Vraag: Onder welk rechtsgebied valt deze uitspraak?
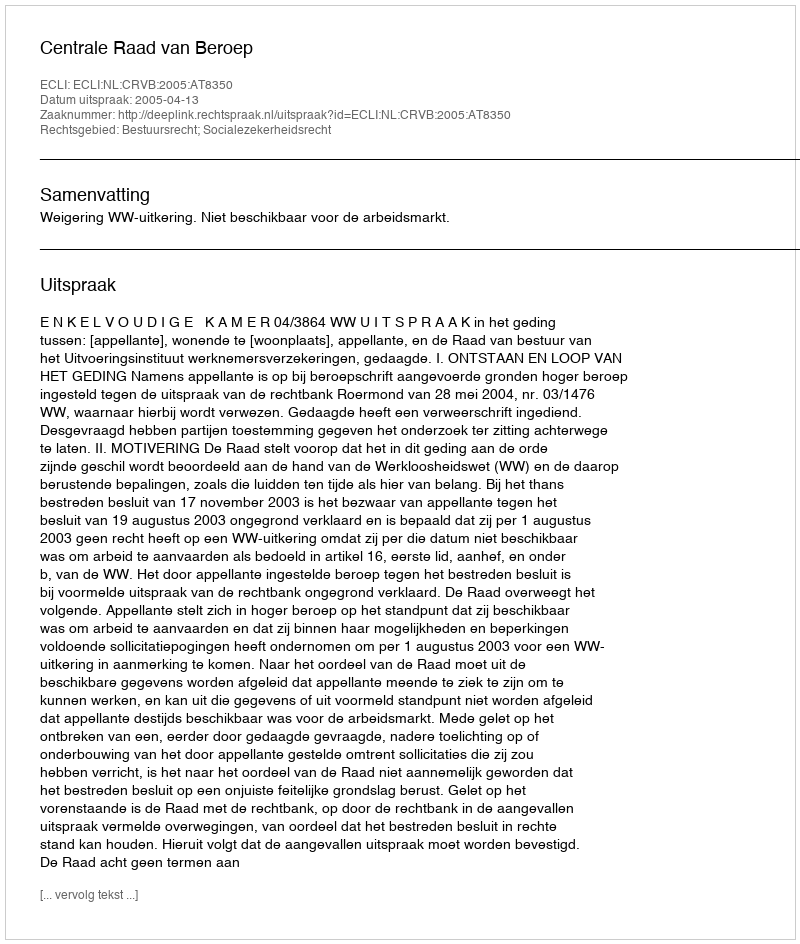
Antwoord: Bestuursrecht; Socialezekerheidsrecht